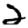
Digit: 2